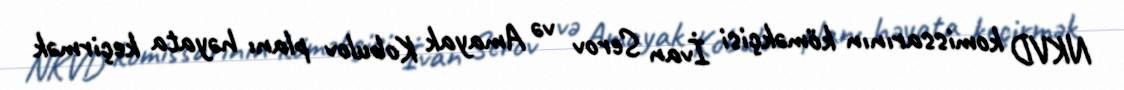
NKVD komissarının köməkçisi İvan Serov və Amayak Kobulov planı həyata keçirmək